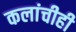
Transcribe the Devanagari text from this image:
कलांचीही